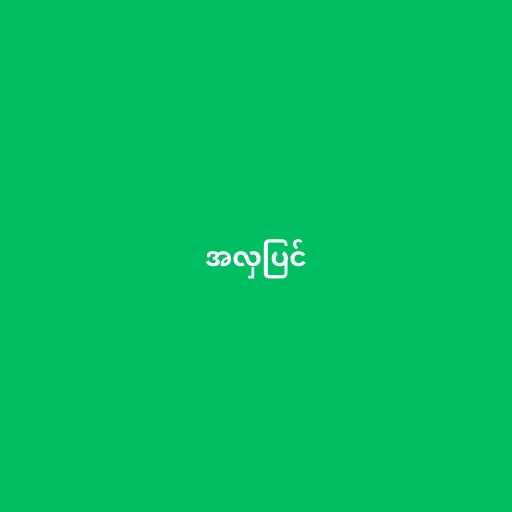
အလှပြင်